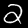
Digit: 2